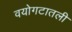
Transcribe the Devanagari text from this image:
वयोगटातली